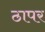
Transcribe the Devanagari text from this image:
ठापर